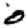
Digit: 0